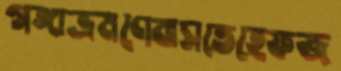
গঙ্গাভ্রমণেবাসতেহেফজ